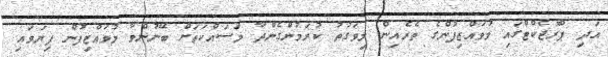
އަދި ޕްރޮޖެކްޓްގައި މުވައްޒިފުންގެ ތެރެއިން މިވަގުތު ކުރަމުންގެންދާ މަސައްކަތަށް ބޭނުންވާ މުވައްޒިފުން ފިޔަވައި